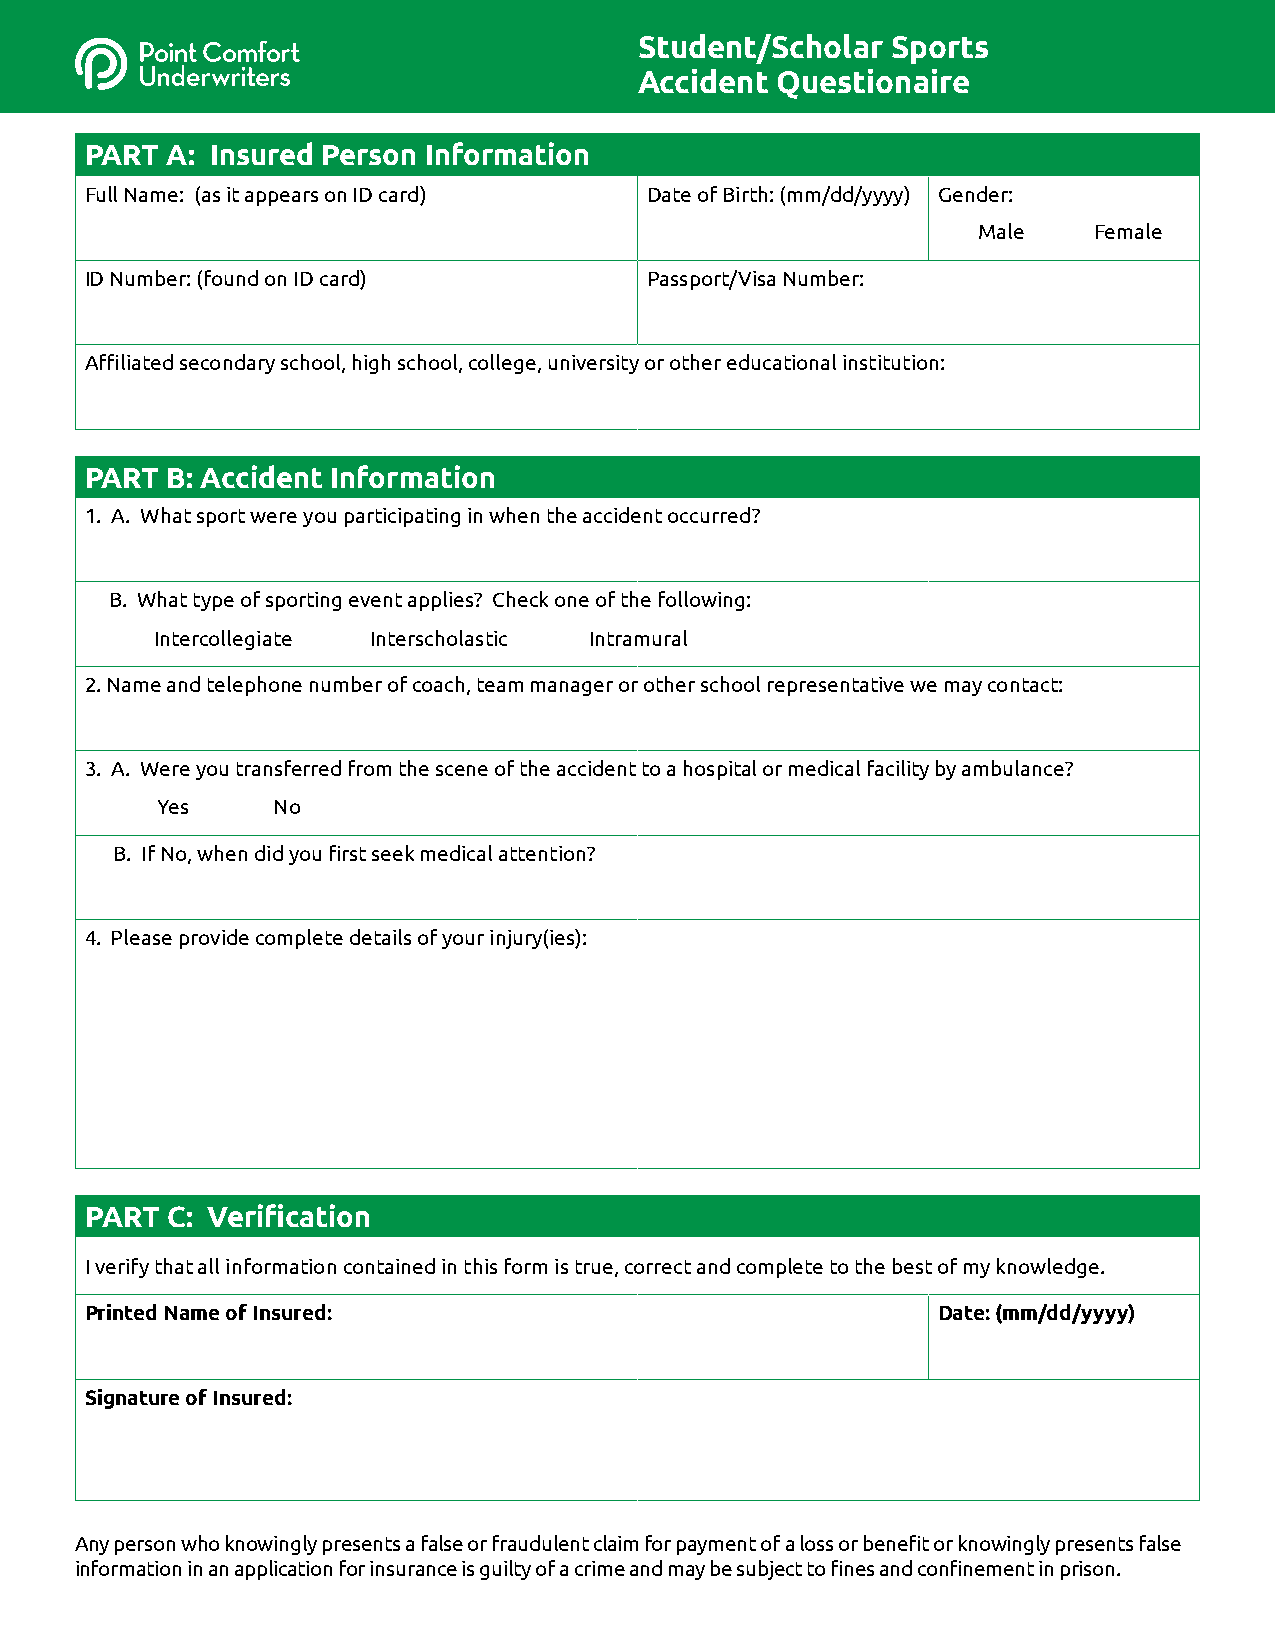
Student/Scholar  Sports
 Accident Questionaire
 PART A: Insured Person Information
 Full Name: (as it appears on ID card) Date of Birth: (mm/dd/yyyy) Gender:
 Male   Female
 ID Number: (found on ID card)        Passport/Visa Number:
 Affiliated secondary school, high school, college, university or other educational institution:
 PART B: Accident Information
 1. A. What sport were you participating in when the accident occurred?
 B. What type of sporting event applies? Check one of the following:
 Intercollegiate Interscholastic Intramural
 2. Name and telephone number of coach, team manager or other school representative we may contact:
 3. A. Were you transferred from the scene of the accident to a hospital or medical facility by ambulance?
 Yes     No
 B. If No, when did you first seek medical attention?
 4. Please provide complete details of your injury(ies):
 PART C: Verification
 I verify that all information contained in this form is true, correct and complete to the best of my knowledge.
 Printed Name of Insured:                                Date: (mm/dd/yyyy)
 Signature of Insured:
 Any person who knowingly presents a false or fraudulent claim for payment of a loss or benefit or knowingly presents false
 information in an application for insurance is guilty of a crime and may be subject to fines and confinement in prison.